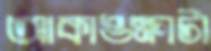
আকাঙ্ক্ষাটা